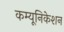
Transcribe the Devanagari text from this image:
कम्‍यूनिकेशन